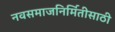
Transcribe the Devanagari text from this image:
नवसमाजनिर्मितीसाठी